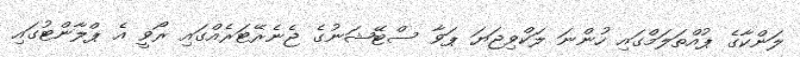
ލަންކާގެ ޕުއްތަލަމްގައި ހުންނަ ލަކްވިޖަޔަ ޕަވާ ސްޓޭޝަނުގެ ޖެނެރޭޓަރެއްގައި ރޯވީ އެ ޕްލާންޓުގައި